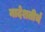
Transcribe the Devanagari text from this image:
नादेशतीर्थ